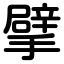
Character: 擘